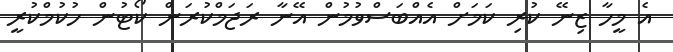
އެ މީހާ ޒިނޭ ކުރި ކަމަށް އެއްބަސްވުމުން އޭނާ ރަޖަމްކުރަން ކޯޓުން ހުކުމްކުރީ